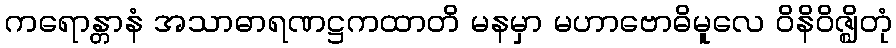
ကရောန္တာနံ အသာဓာရဏဋ္ဌကထာတိ မနမှာ မဟာဗောဓိမူလေ ဝိနိဝိဇ္ဈိတုံ